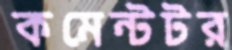
কমেন্টটর